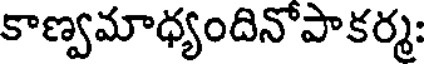
కాణ్వమాధ్యందినోపాకర్మ